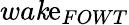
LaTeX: wa\mathit{k}\mathrm{e}_{FOWT}